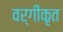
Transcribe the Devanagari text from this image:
वर्गीकृत